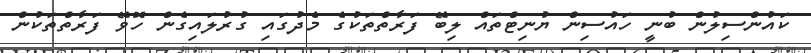
ކައުންސިލުން ބުނީ ހައުސިން ޔުނިޓްތައް ލިބޭ ފަރާތްތަކުގެ މެދުގައި ގުރުލައިގެން ހޮވޭ ފަރާތްތަކުން